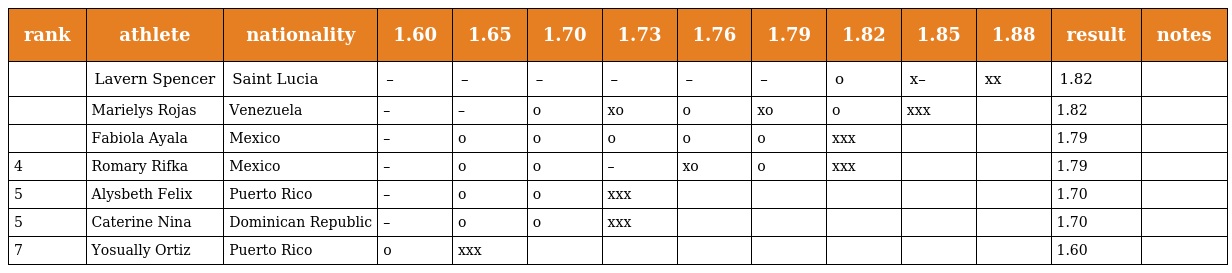
| rank | athlete | nationality | 1.60 | 1.65 | 1.70 | 1.73 | 1.76 | 1.79 | 1.82 | 1.85 | 1.88 | result | notes |
 | --- | --- | --- | --- | --- | --- | --- | --- | --- | --- | --- | --- | --- | --- |
 |  | Lavern Spencer | Saint Lucia | – | – | – | – | – | – | o | x– | xx | 1.82 |  |
 |  | Marielys Rojas | Venezuela | – | – | o | xo | o | xo | o | xxx |  | 1.82 |  |
 |  | Fabiola Ayala | Mexico | – | o | o | o | o | o | xxx |  |  | 1.79 |  |
 | 4 | Romary Rifka | Mexico | – | o | o | – | xo | o | xxx |  |  | 1.79 |  |
 | 5 | Alysbeth Felix | Puerto Rico | – | o | o | xxx |  |  |  |  |  | 1.70 |  |
 | 5 | Caterine Nina | Dominican Republic | – | o | o | xxx |  |  |  |  |  | 1.70 |  |
 | 7 | Yosually Ortiz | Puerto Rico | o | xxx |  |  |  |  |  |  |  | 1.60 |  |